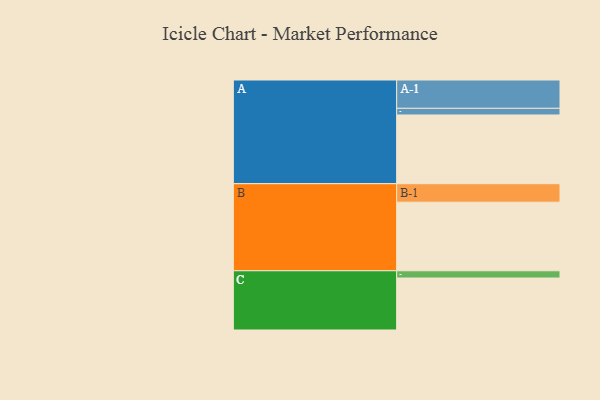
{"axis": {"x": "Segment", "y": "Value"}, "legend": ["", "A", "B", "C"], "data": [{"x": "A", "y": 587, "type": ""}, {"x": "B", "y": 586, "type": ""}, {"x": "C", "y": 444, "type": ""}, {"x": "A-1", "y": 242, "type": "A"}, {"x": "A-2", "y": 57, "type": "A"}, {"x": "B-1", "y": 158, "type": "B"}, {"x": "C-1", "y": 62, "type": "C"}]}